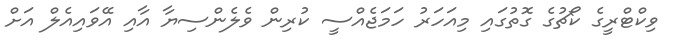
ވިކްޓްރީގެ ކޯޗުގެ ގޮތުގައި މިއަހަރު ހަމަޖެއްސީ ކުރިން ވެލެންސިޔާ އާއި އޭވައިއެލް އަށް